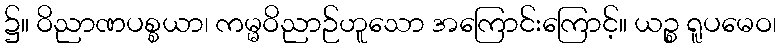
၌။ ဝိညာဏပစ္စယာ၊ ကမ္မဝိညာဉ်ဟူသော အကြောင်းကြောင့်။ ယဉ္စ ရူပမေဝ၊